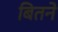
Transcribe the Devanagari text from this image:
बितने